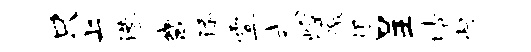
只上港畿添霎式煌徼根呈晴忙